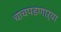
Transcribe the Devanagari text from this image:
चाचपडणाऱ्या